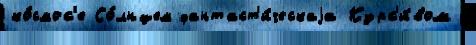
ко́смос'е Со́лнцем фантаст'и́ческаjа Курс'и́вом